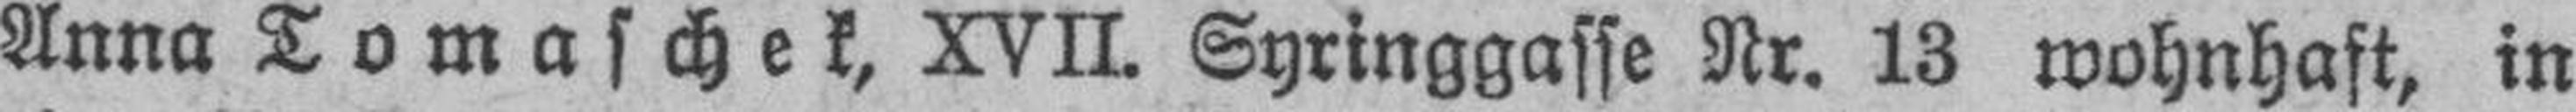
Anna Tomaschek, XVII. Syringgasse Nr. 13 wohnhaft, in